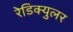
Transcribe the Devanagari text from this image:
रेडिक्युलर